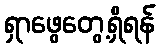
ရှာဖွေတွေ့ရှိရန်